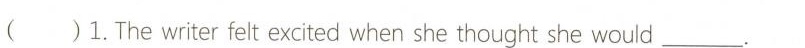
( )1. The writer felt excited when she thought she would___.